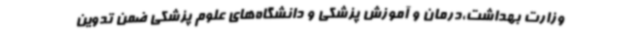
وزارت بهداشت،درمان و آموزش پزشکی و دانشگاه‌های علوم پزشکی ضمن تدوین